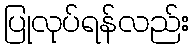
ပြုလုပ်ရန်လည်း